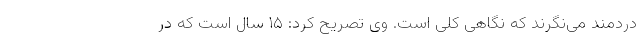
دردمند می‌نگرند که نگاهی کلی است. وی تصریح کرد: ۱۵ سال است که در